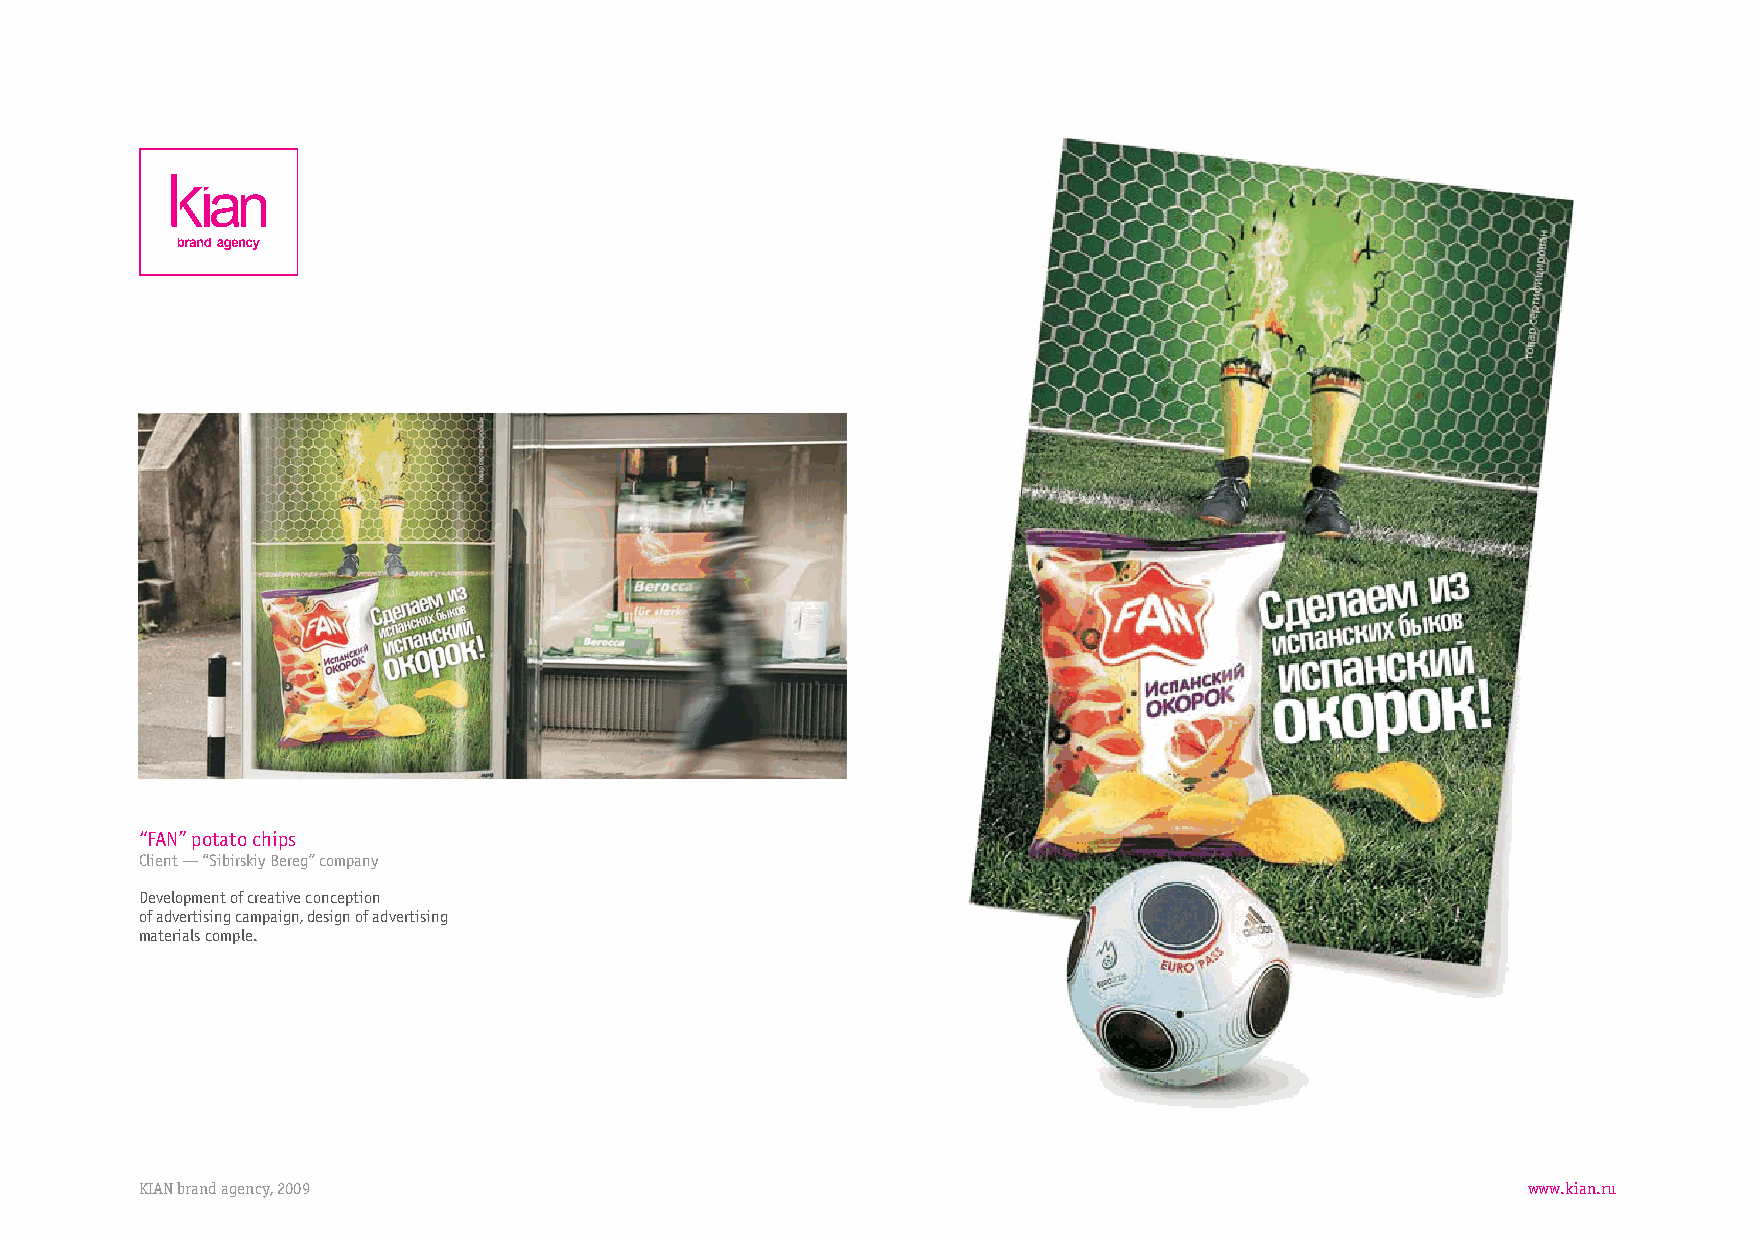
“FAN”potatochips
 Client—“SibirskiyBereg”company
 Developmentofcreativeconception
 ofadvertisingcampaign,designofadvertising
 materialscomple.
 KIANbrandagency,2009                                                                        www.kian.ru